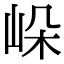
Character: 𡷔